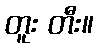
တူး တီး။